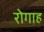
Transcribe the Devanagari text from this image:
रोगाह